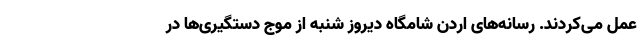
عمل می‌کردند. رسانه‌های اردن شامگاه دیروز شنبه از موج دستگیری‌ها در